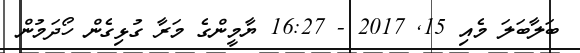
ބަލާބަލަ މެއި 15